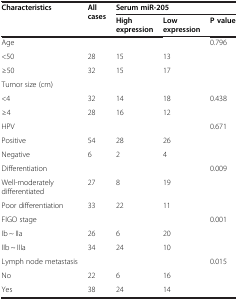
| <ROWSPAN=2> Characteristics | <ROWSPAN=2> All cases | <COLSPAN=3> Serum miR-205 |
 | High expression | Low expression | P value |
 | --- | --- | --- | --- | --- |
 | Age |  |  |  | 0.796 |
 | <50 | 28 | 15 | 13 |  |
 | ≥50 | 32 | 15 | 17 |  |
 | Tumor size (cm) |  |  |  |  |
 | <4 | 32 | 14 | 18 | 0.438 |
 | ≥4 | 28 | 16 | 12 |  |
 | HPV |  |  |  | 0.671 |
 | Positive | 54 | 28 | 26 |  |
 | Negative | 6 | 2 | 4 |  |
 | Differentiation |  |  |  | 0.009 |
 | Well-moderately differentiated | 27 | 8 | 19 |  |
 | Poor differentiation | 33 | 22 | 11 |  |
 | FIGO stage |  |  |  | 0.001 |
 | Ib ~ IIa | 26 | 6 | 20 |  |
 | IIb ~ IIIa | 34 | 24 | 10 |  |
 | Lymph node metastasis |  |  |  | 0.015 |
 | No | 22 | 6 | 16 |  |
 | Yes | 38 | 24 | 14 |  |